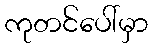
ကုတင်ပေါ်မှာ